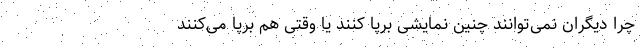
چرا دیگران نمی‌توانند چنین نمایشی برپا کنند یا وقتی هم برپا می‌کنند